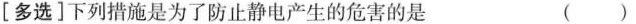
[多选]下列措施是为了防止静电产生的危害的是 ()